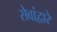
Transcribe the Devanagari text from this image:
सेवांद्वारे